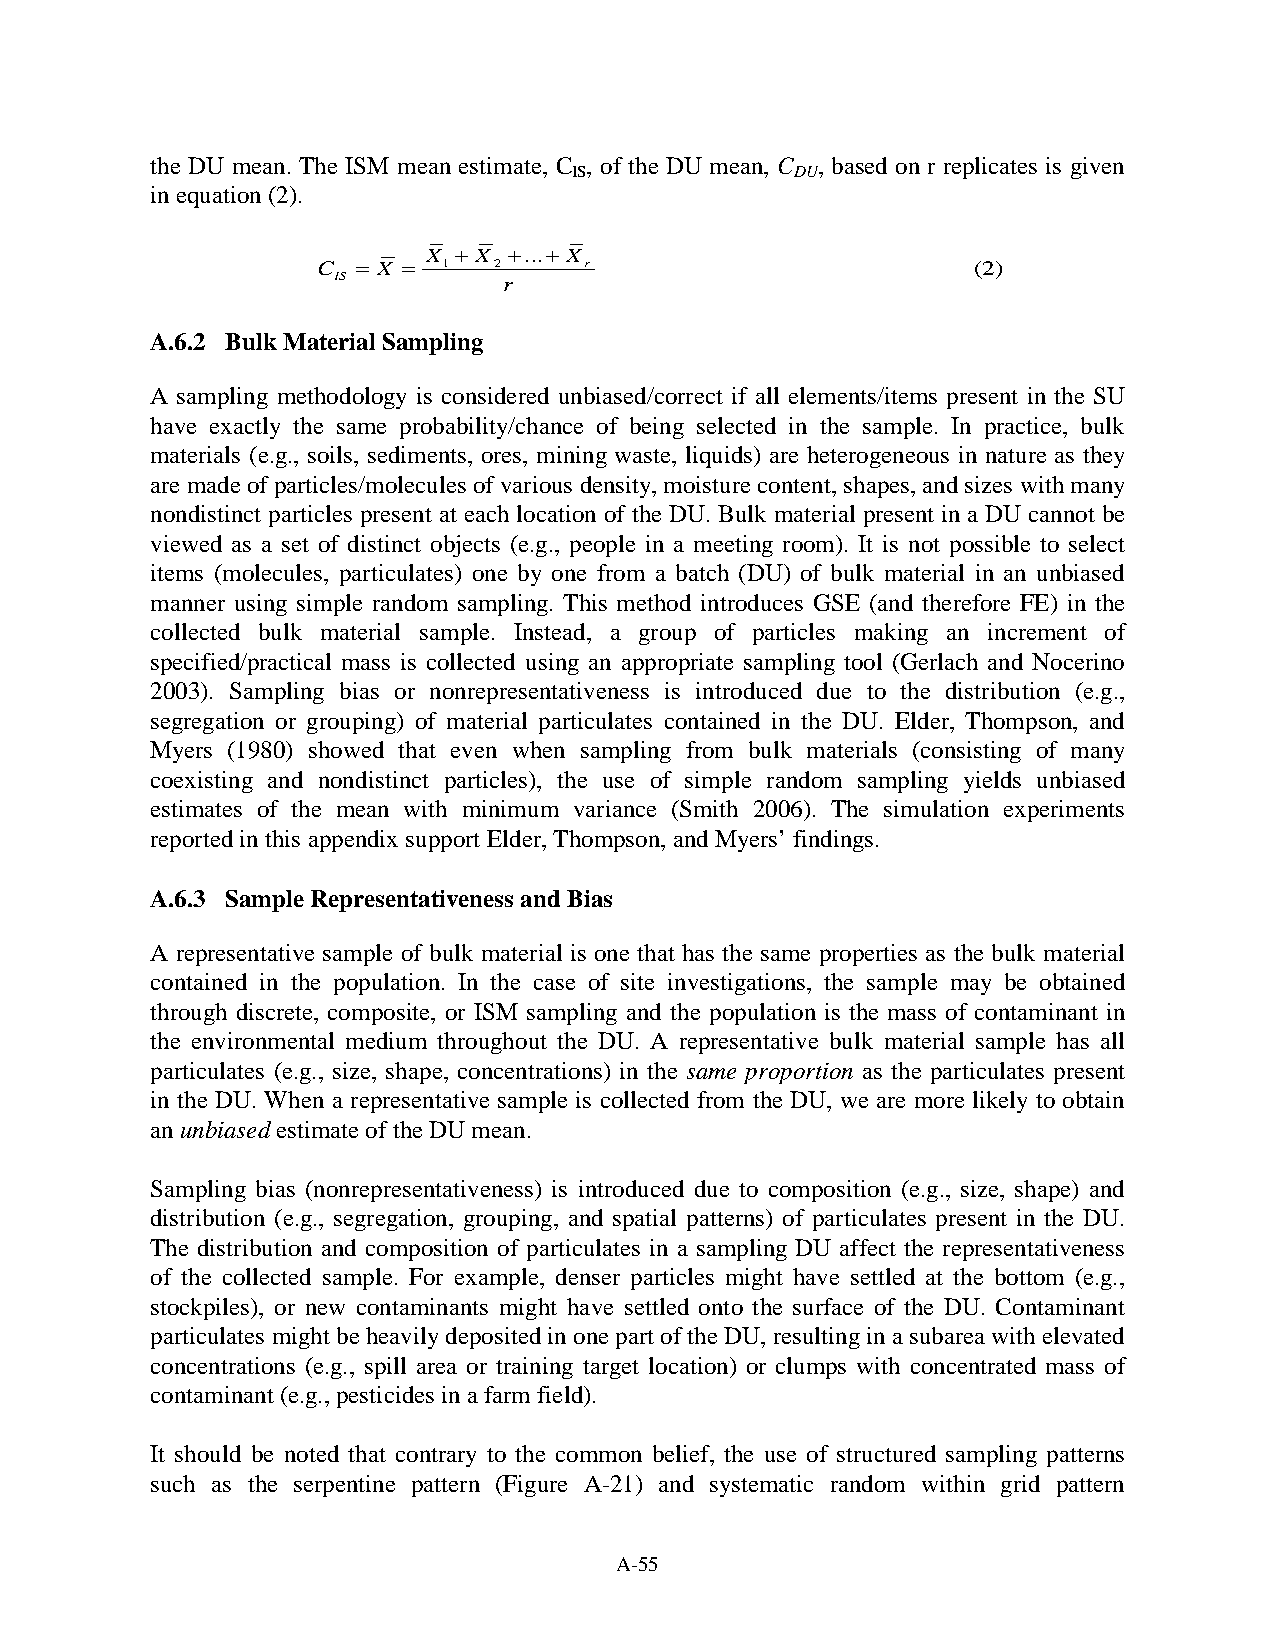
the DU mean. The ISM mean estimate, C , of the DU mean, C , based on r replicates is given
 IS             DU
 in equation (2).
 X + X +...+ X
 C  = X = 1  2     r                         (2)
 IS         r
 A.6.2 Bulk Material Sampling
 A sampling methodology is considered unbiased/correct if all elements/items present in the SU
 have exactly the same probability/chance of being selected in the sample. In practice, bulk
 materials (e.g., soils, sediments, ores, mining waste, liquids) are heterogeneous in nature as they
 are made of particles/molecules of various density, moisture content, shapes, and sizes with many
 nondistinct particles present at each location of the DU. Bulk material present in a DU cannot be
 viewed as a set of distinct objects (e.g., people in a meeting room). It is not possible to select
 items (molecules, particulates) one by one from a batch (DU) of bulk material in an unbiased
 manner using simple random sampling. This method introduces GSE (and therefore FE) in the
 collected bulk material sample. Instead, a group of particles making an increment of
 specified/practical mass is collected using an appropriate sampling tool (Gerlach and Nocerino
 2003). Sampling bias or nonrepresentativeness is introduced due to the distribution (e.g.,
 segregation or grouping) of material particulates contained in the DU. Elder, Thompson, and
 Myers (1980) showed that even when sampling from bulk materials (consisting of many
 coexisting and nondistinct particles), the use of simple random sampling yields unbiased
 estimates of the mean with minimum variance (Smith 2006). The simulation experiments
 reported in this appendix support Elder, Thompson, and Myers’ findings.
 A.6.3 Sample Representativeness and Bias
 A representative sample of bulk material is one that has the same properties as the bulk material
 contained in the population. In the case of site investigations, the sample may be obtained
 through discrete, composite, or ISM sampling and the population is the mass of contaminant in
 the environmental medium throughout the DU. A representative bulk material sample has all
 particulates (e.g., size, shape, concentrations) in the same proportion as the particulates present
 in the DU. When a representative sample is collected from the DU, we are more likely to obtain
 an unbiased estimate of the DU mean.
 Sampling bias (nonrepresentativeness) is introduced due to composition (e.g., size, shape) and
 distribution (e.g., segregation, grouping, and spatial patterns) of particulates present in the DU.
 The distribution and composition of particulates in a sampling DU affect the representativeness
 of the collected sample. For example, denser particles might have settled at the bottom (e.g.,
 stockpiles), or new contaminants might have settled onto the surface of the DU. Contaminant
 particulates might be heavily deposited in one part of the DU, resulting in a subarea with elevated
 concentrations (e.g., spill area or training target location) or clumps with concentrated mass of
 contaminant (e.g., pesticides in a farm field).
 It should be noted that contrary to the common belief, the use of structured sampling patterns
 such as the serpentine pattern (Figure A-21) and systematic random within grid pattern
 A-55